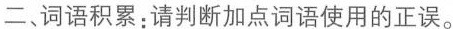
二、词语积累；请判断加点词语使用的正误。